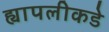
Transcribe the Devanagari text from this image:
ह्यापलीकडे